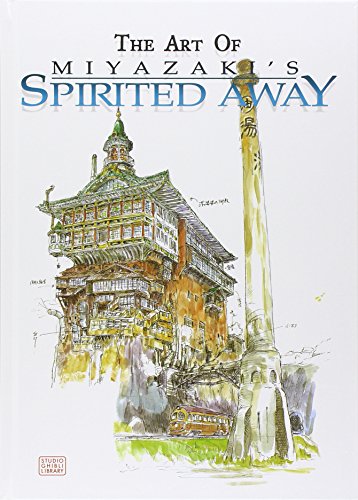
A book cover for The Art of Spirited Away; Hayao Miyazaki; Comics & Graphic Novels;